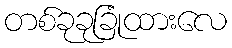
တစ်ခုခုခြုံထားလေ